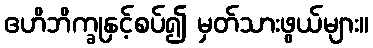
ဧဟိဘိက္ခုနှင့်စပ်၍ မှတ်သားဖွယ်များ။